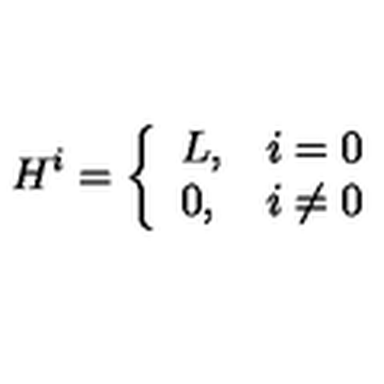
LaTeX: H ^ { i } = \left\{ \begin{array} { l l } { L , } & { i = 0 } \\ { 0 , } & { i \neq 0 } \\ \end{array} \right.